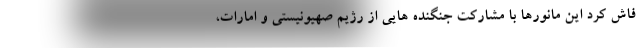
فاش کرد این مانورها با مشارکت جنگنده هایی از رژیم صهیونیستی و امارات،